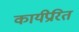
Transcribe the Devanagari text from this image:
कार्यप्रेरित